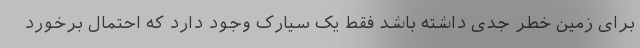
برای زمین خطر جدی داشته باشد فقط یک سیارک وجود دارد که احتمال برخورد